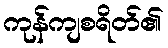
ကုန်ကျစရိတ်၏